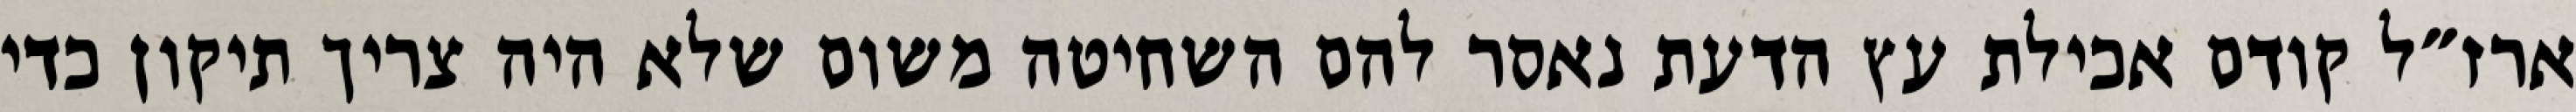
ארז״ל קודם אכילת עץ הדעת נאסר להם השחיטה משום שלא היה צריך תיקון כדי